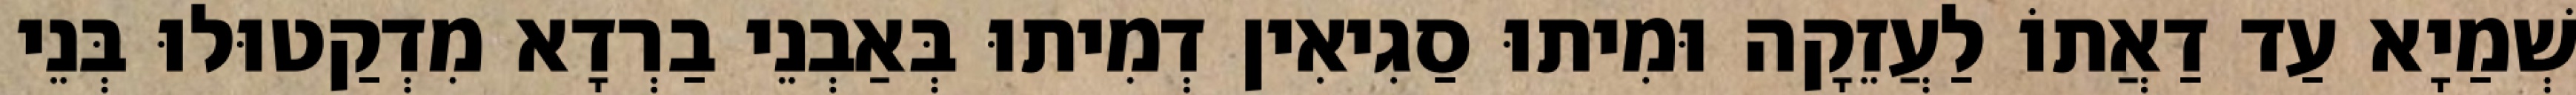
שְׁמַיָא עַד דַאֲתוֹ לַעֲזֵקָה וּמִיתוּ סַגִיאִין דְמִיתוּ בְּאַבְנֵי בַרְדָא מִדְקַטוּלוּ בְּנֵי